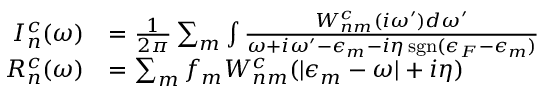
\begin{array} { r l } { I _ { n } ^ { c } ( \omega ) } & { = \frac { 1 } { 2 \pi } \sum _ { m } \int \frac { W _ { n m } ^ { c } ( i \omega ^ { \prime } ) d \omega ^ { \prime } } { \omega + i \omega ^ { \prime } - \epsilon _ { m } - i \eta \, \mathrm { s g n } ( \epsilon _ { F } - \epsilon _ { m } ) } } \\ { R _ { n } ^ { c } ( \omega ) } & { = \sum _ { m } f _ { m } W _ { n m } ^ { c } ( | \epsilon _ { m } - \omega | + i \eta ) } \end{array}